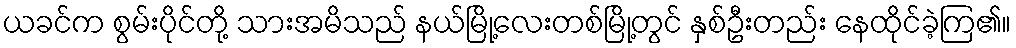
ယခင်က စွမ်းပိုင်တို့ သားအမိသည် နယ်မြို့လေးတစ်မြို့တွင် နှစ်ဦးတည်း နေထိုင်ခဲ့ကြ၏။